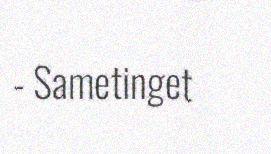
- Sametinget